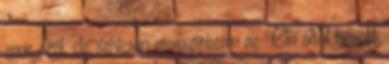
zene szól, de szívesen masszírozom az Ön által hozott